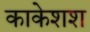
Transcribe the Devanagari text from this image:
काकेशश